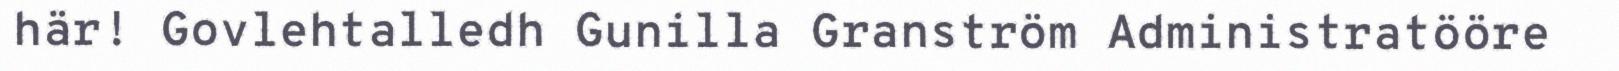
här! Govlehtalledh Gunilla Granström Administratööre